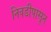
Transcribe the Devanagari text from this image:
निवडीपासून